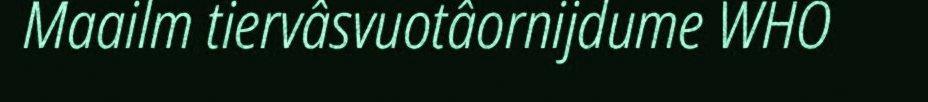
Maailm tiervâsvuotâornijdume WHO